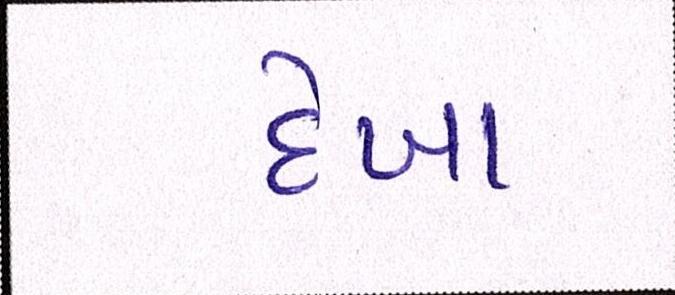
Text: દેખા